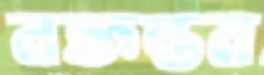
নক্তন্তন